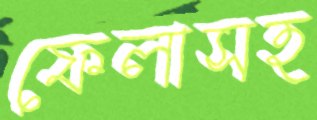
ফেলাসহ